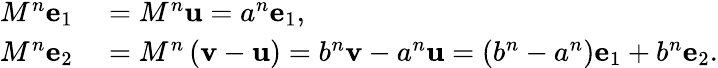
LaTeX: \begin{array}{rl}{M^{n}\mathbf{e}_{1}}&{{}=M^{n}\mathbf{u}=a^{n}\mathbf{e}_{1},}\\ {M^{n}\mathbf{e}_{2}}&{{}=M^{n}\left(\mathbf{v}-\mathbf{u}\right)=b^{n}\mathbf{v}-a^{n}\mathbf{u}=\left(b^{n}-a^{n}\right)\mathbf{e}_{1}+b^{n}\mathbf{e}_{2}.}\end{array}